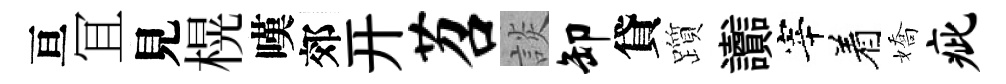
亘冝見榥嘆郊开苕談卸貸躓讟宰着嬌疵